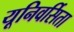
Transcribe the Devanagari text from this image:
यूनिवर्सिता